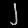
Digit: ၂